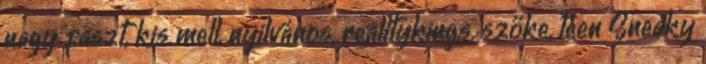
nagy faszt, kis mell, nyilvános, realitykings, szőke, teen Sneaky